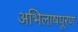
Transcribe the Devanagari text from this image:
अभिलाषपूरण